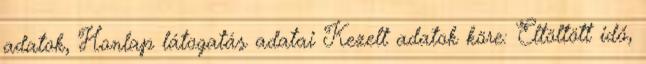
adatok, Honlap látogatás adatai Kezelt adatok köre: Eltöltött idő,